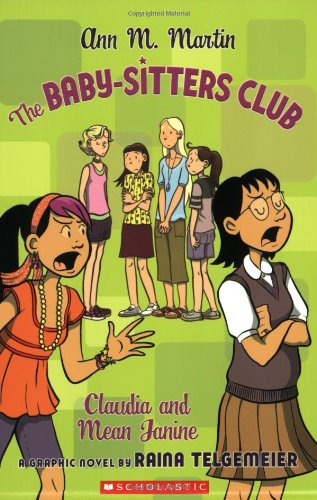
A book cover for The Baby-Sitters Club: Claudia and Mean Janine (BSC Graphix); Ann M. Martin; Children's Books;